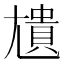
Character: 尵